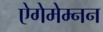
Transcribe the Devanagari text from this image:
ऐगेमेम्नन